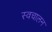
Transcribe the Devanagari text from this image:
स्‍वचालन